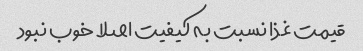
قیمت غذا نسبت به کیفیت اصلا خوب نبود